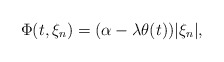
\begin{align*}\Phi(t,\xi_n)=(\alpha-\lambda\theta(t))|\xi_n|,\end{align*}